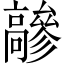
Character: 𩫦